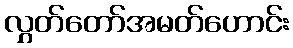
လွှတ်တော်အမတ်ဟောင်း